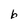
Character: b